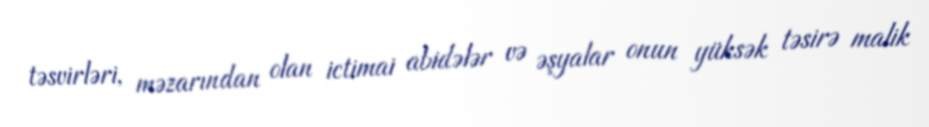
təsvirləri, məzarından olan ictimai abidələr və əşyalar onun yüksək təsirə malik